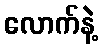
လောက်နဲ့